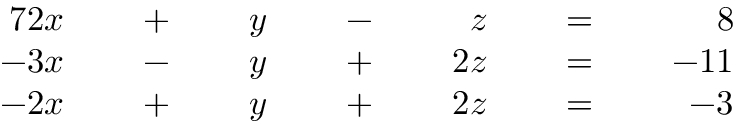
{ \begin{array} { r l r l r l r l r l r l r } { { 7 } 2 x } & { } & { \; + \; } & { } & { y } & { } & { \; - \; } & { } & { z } & { } & { \; = \; } & { } & { 8 } \\ { - 3 x } & { } & { \; - \; } & { } & { y } & { } & { \; + \; } & { } & { 2 z } & { } & { \; = \; } & { } & { - 1 1 } \\ { - 2 x } & { } & { \; + \; } & { } & { y } & { } & { \; + \; } & { } & { 2 z } & { } & { \; = \; } & { } & { - 3 } \end{array} }